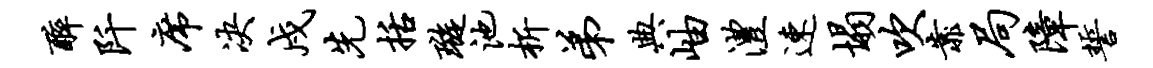
醉阡席决戍先括璇池析弟典岫澧速塌吹靠局障誓